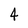
Character: 4